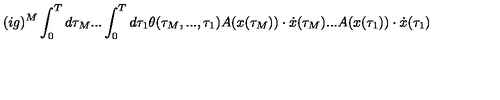
( i g ) ^ { M } \int _ { 0 } ^ { T } d \tau _ { M } . . . \int _ { 0 } ^ { T } d \tau _ { 1 } \theta ( \tau _ { M } , . . . , \tau _ { 1 } ) A ( x ( \tau _ { M } ) ) \cdot \dot { x } ( \tau _ { M } ) . . . A ( x ( \tau _ { 1 } ) ) \cdot \dot { x } ( \tau _ { 1 } )